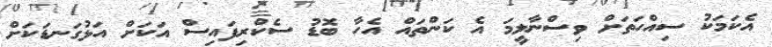
އެކަމަކު ސިއްހަތަށް ވިސްނާލީމަ އެ ކަންތައް އެހާ ބޮޑު ސެކްރިފައިސް އަކަށް އަޅުގަނޑަކަށް